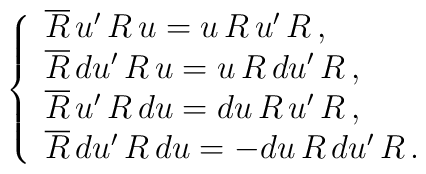
\left\{\begin{array}{l} \overline{R}\,u'\,R\,u=u\,R\,u'\,R\,, \\ \overline{R}\,du'\,R\,u=u\,R\,du'\,R\,, \\ \overline{R}\,u'\,R\,du=du\,R\,u'\,R\,, \\ \overline{R}\,du'\,R\,du=-du\,R\,du'\,R\,.\end{array}\right.